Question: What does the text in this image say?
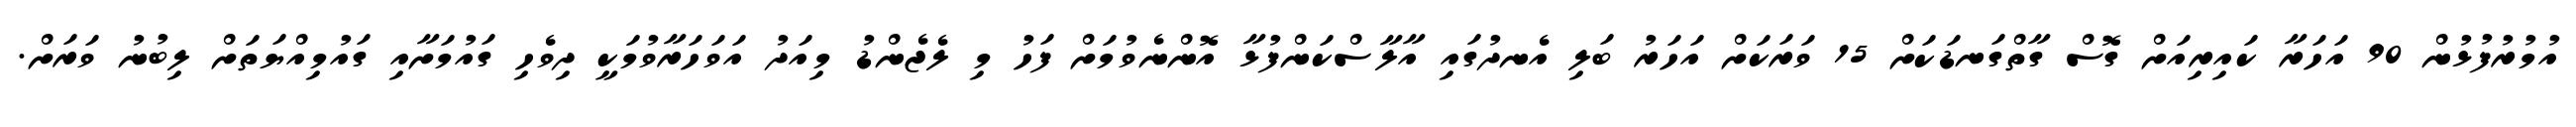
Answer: އުމުރުފުޅުން 90 އަހަރާ ކައިރިއަށް ގޮސް ގާތްގަނޑަކަށް 15 ވަރަކަށް އަހަރު ބަލި އެނދުގައި އާލާސްކަންފުޅާ އޮންނެވުމަށް ފަހު މި ލެޖެންޑު މިއަދު އަވަހަރާވުމަކީ ދިވެހި ގައުމަށާއި ގައުމިއްޔަތަށް ލިބުނު ވަރަށް.